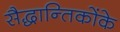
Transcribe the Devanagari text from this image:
सैद्धान्तिकोंके